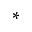
^ *